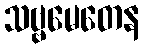
သဗ္ဗမေတေန